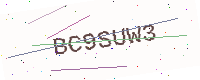
Text: BC9SUW3